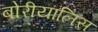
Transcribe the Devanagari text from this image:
बोरीयालिस